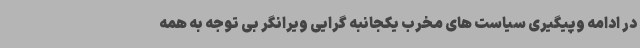
در ادامه وپیگیری سیاست های مخرب یکجانبه گرایی ویرانگر بی توجه به همه